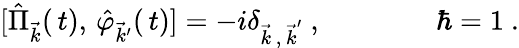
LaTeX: [\hat{\Pi}_{\vec{k}}(\, t),\, \hat{\varphi}_{\vec{k}^{\prime}}(\, t)]=-i\delta_{{\vec{k}\, ,\, \vec{k}}^{\prime}}\ ,\qquad\qquad\hbar=1\ .